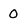
Character: O